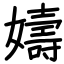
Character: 嬦